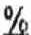
%